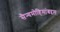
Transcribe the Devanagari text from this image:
सैन्यमोहिमांबद्दल